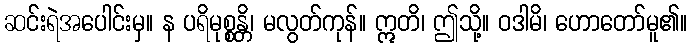
ဆင်းရဲအပေါင်းမှ။ န ပရိမုစ္စန္တိ၊ မလွတ်ကုန်။ ဣတိ၊ ဤသို့။ ဝဒါမိ၊ ဟောတော်မူ၏။